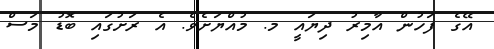
އޭގެ ފަހުން އާމިރު ދިޔައީ މ. މުއްޔަށެވެ. އެ ރަށުގައި ބޮޑު މަސް